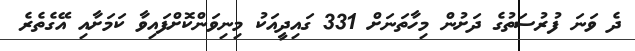
ދެ ވަނަ ފުރުސަތުގެ ދަށުން މިހާތަނަށް 331 ގައިދީއަކު މިނިވަންކޮށްފައިވާ ކަމަށާއި އޭގެތެރެ